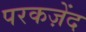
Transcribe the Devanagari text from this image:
परकज़ेंद